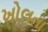
ખોલતા